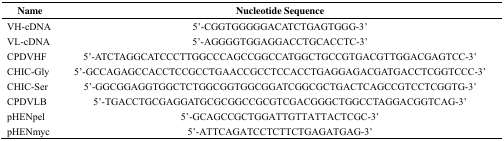
<table><thead><tr><td><b>Name</b></td><td><b>Nucleotide Sequence</b></td></tr></thead><tbody><tr><td>VH-cDNA</td><td>5’-CGGTGGGGGACATCTGAGTGGG-3’</td></tr><tr><td>VL-cDNA</td><td>5’-AGGGGTGGAGGACCTGCACCTC-3’</td></tr><tr><td>CPDVHF</td><td>5’-ATCTAGGCATCCCTTGGCCCAGCCGGCCATGGCTGCCGTGACGTTGGACGAGTCC-3’</td></tr><tr><td>CHIC-Gly</td><td>5’-GCCAGAGCCACCTCCGCCTGAACCGCCTCCACCTGAGGAGACGATGACCTCGGTCCC-3’</td></tr><tr><td>CHIC-Ser</td><td>5’-GGCGGAGGTGGCTCTGGCGGTGGCGGATCGGCGCTGACTCAGCCGTCCTCGGTG-3’</td></tr><tr><td>CPDVLB</td><td>5’-TGACCTGCGAGGATGCGCGGCCGCGTCGACGGGCTGGCCTAGGACGGTCAG-3’</td></tr><tr><td>pHENpel</td><td>5’-GCAGCCGCTGGATTGTTATTACTCGC-3’</td></tr><tr><td>pHENmyc</td><td>5’-ATTCAGATCCTCTTCTGAGATGAG-3’</td></tr></tbody></table>